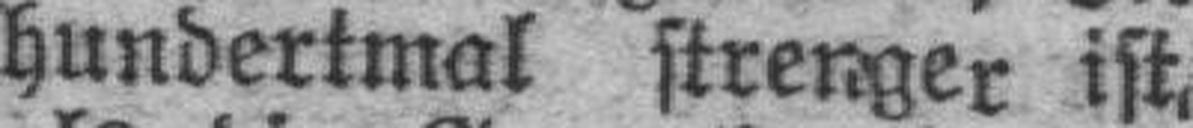
hundertmal strenger ist,